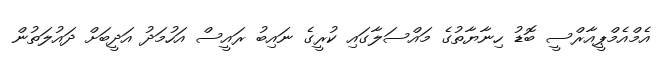
އެމްއެމްޕީއާރްސީ ބޮޑު ހިނާޔާތުގެ މައްސަލާގައި ކުރީގެ ނައިބު ރައީސް އަހުމަދު އަދީބަށް ދައުލަތުން